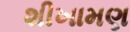
શીખામણ